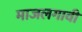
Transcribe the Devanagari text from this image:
माजलगावी